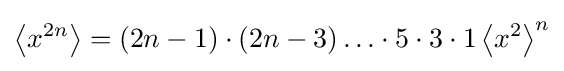
\left\langle x^{2n}\right\rangle =(2n-1)\cdot (2n-3)\ldots \cdot 5\cdot 3\cdot 1\left\langle x^{2}\right\rangle ^{n}